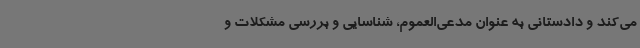
می‌کند و دادستانی به عنوان مدعی‌العموم، شناسایی و بررسی مشکلات و